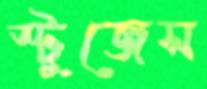
স্টুজেস